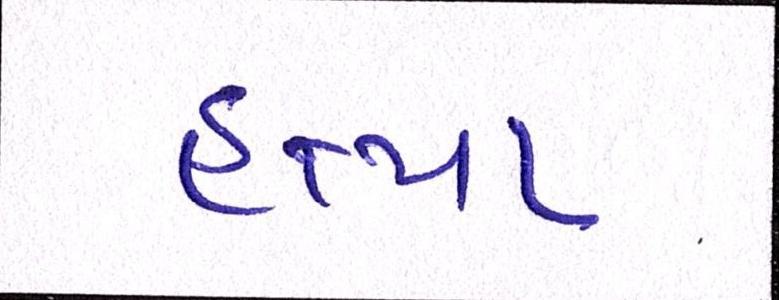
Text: હત્યા